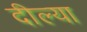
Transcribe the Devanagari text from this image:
दील्या